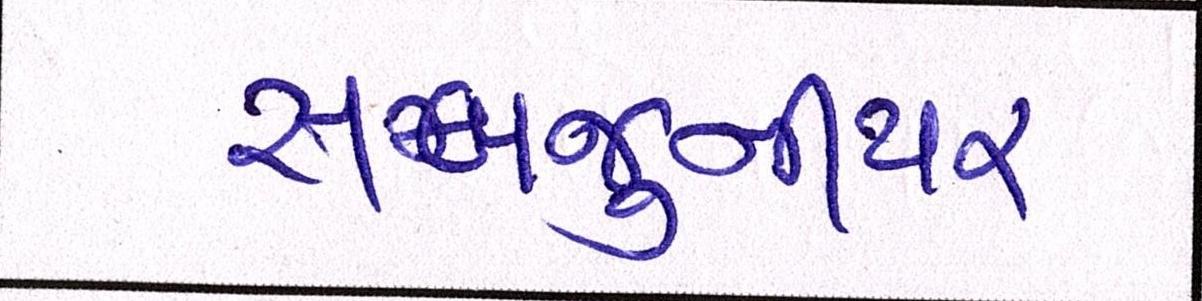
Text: સબજુનીયર